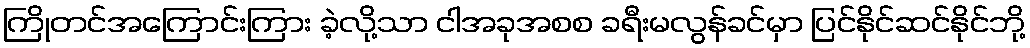
ကြိုတင်အကြောင်းကြား ခဲ့လို့သာ ငါအခုအစစ ခရီးမလွန်ခင်မှာ ပြင်နိုင်ဆင်နိုင်ဘို့